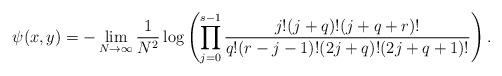
LaTeX: \begin{align*}\psi(x,y)=-\lim_{N\to\infty}\frac{1}{N^2} \log\left(\prod_{j=0}^{s-1}\frac{j!(j+q)! (j+q+r)!}{q!(r-j-1)!(2j+q)!(2j+q+1)!}\right).\end{align*}